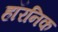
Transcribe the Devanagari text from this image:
हॉरनिक